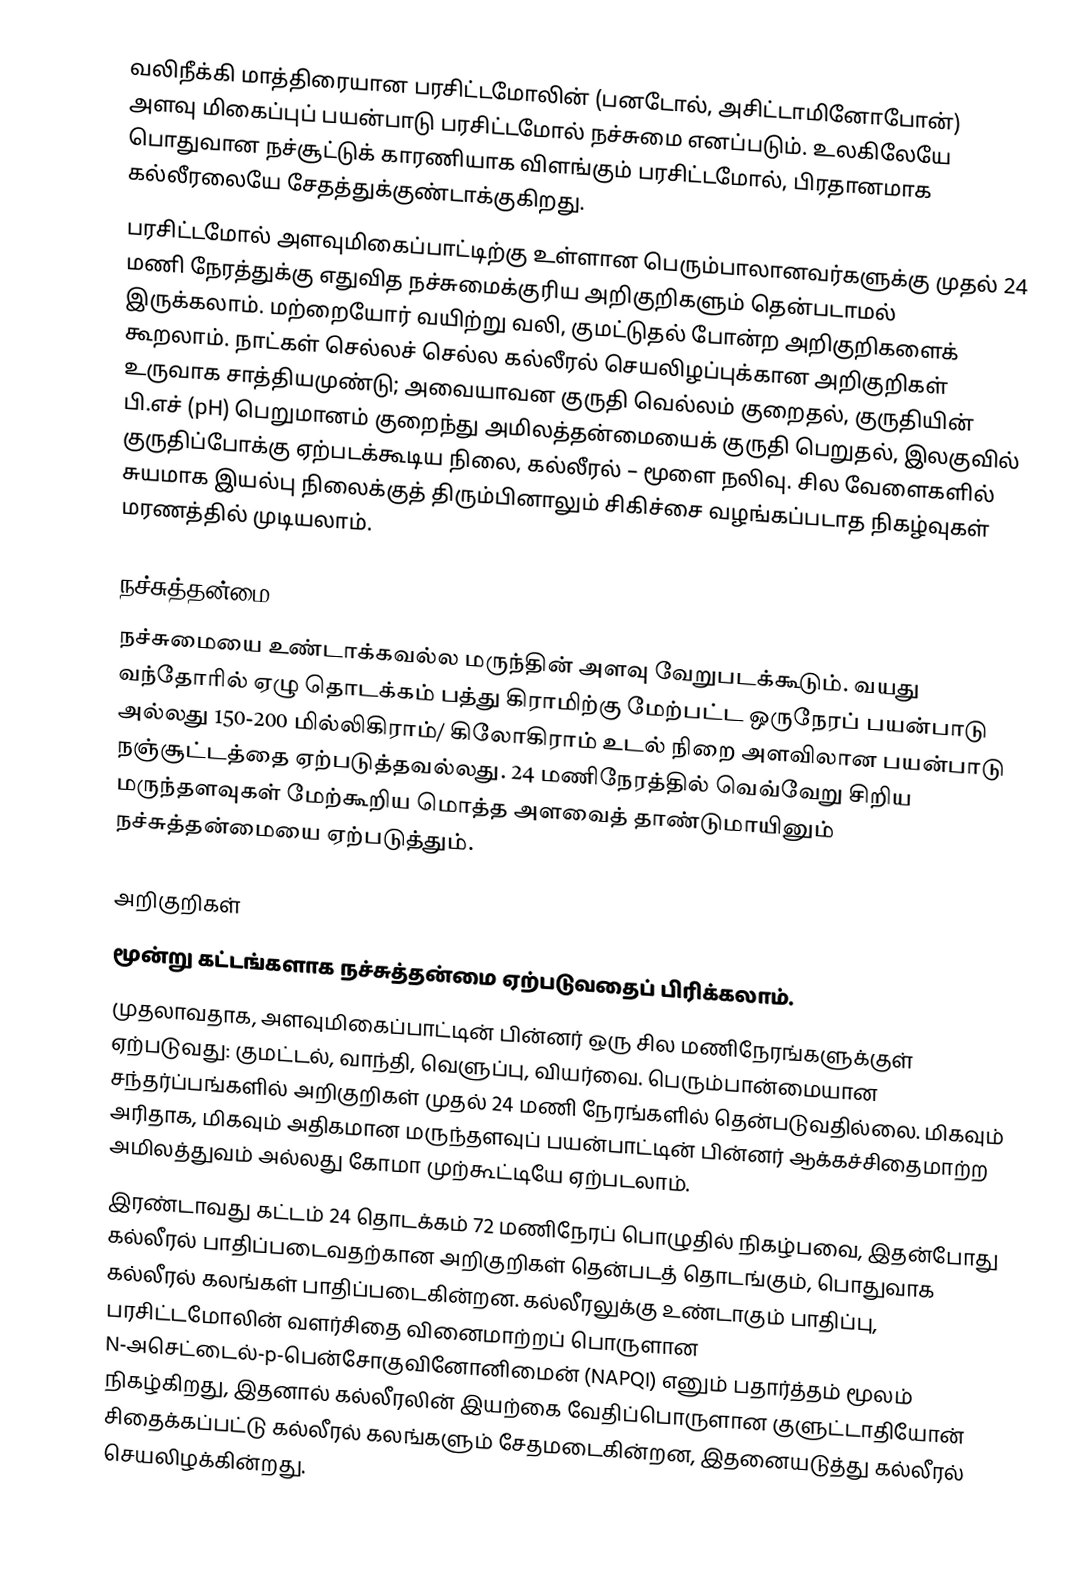
வலிநீக்கி மாத்திரையான பரசிட்டமோலின் (பனடோல், அசிட்டாமினோபோன்) அளவு மிகைப்புப் பயன்பாடு பரசிட்டமோல் நச்சுமை எனப்படும்.  உலகிலேயே பொதுவான நச்சூட்டுக் காரணியாக விளங்கும் பரசிட்டமோல், பிரதானமாக கல்லீரலையே சேதத்துக்குண்டாக்குகிறது.
பரசிட்டமோல் அளவுமிகைப்பாட்டிற்கு உள்ளான  பெரும்பாலானவர்களுக்கு முதல் 24  மணி நேரத்துக்கு எதுவித நச்சுமைக்குரிய அறிகுறிகளும் தென்படாமல் இருக்கலாம். மற்றையோர் வயிற்று வலி, குமட்டுதல் போன்ற அறிகுறிகளைக் கூறலாம். நாட்கள் செல்லச் செல்ல கல்லீரல் செயலிழப்புக்கான அறிகுறிகள் உருவாக சாத்தியமுண்டு; அவையாவன குருதி வெல்லம் குறைதல், குருதியின் பி.எச் (pH) பெறுமானம் குறைந்து அமிலத்தன்மையைக் குருதி பெறுதல், இலகுவில் குருதிப்போக்கு ஏற்படக்கூடிய நிலை, கல்லீரல் – மூளை நலிவு. சில வேளைகளில் சுயமாக இயல்பு நிலைக்குத் திரும்பினாலும் சிகிச்சை வழங்கப்படாத நிகழ்வுகள் மரணத்தில் முடியலாம்.

நச்சுத்தன்மை
நச்சுமையை உண்டாக்கவல்ல மருந்தின் அளவு வேறுபடக்கூடும். வயது வந்தோரில் ஏழு தொடக்கம் பத்து கிராமிற்கு மேற்பட்ட ஒருநேரப் பயன்பாடு அல்லது 150-200 மில்லிகிராம்/ கிலோகிராம் உடல் நிறை அளவிலான பயன்பாடு நஞ்சூட்டத்தை ஏற்படுத்தவல்லது.  24 மணிநேரத்தில் வெவ்வேறு சிறிய மருந்தளவுகள் மேற்கூறிய மொத்த அளவைத் தாண்டுமாயினும் நச்சுத்தன்மையை ஏற்படுத்தும்.

அறிகுறிகள்
மூன்று கட்டங்களாக நச்சுத்தன்மை ஏற்படுவதைப் பிரிக்கலாம்.
முதலாவதாக, அளவுமிகைப்பாட்டின் பின்னர் ஒரு சில மணிநேரங்களுக்குள் ஏற்படுவது: குமட்டல், வாந்தி, வெளுப்பு, வியர்வை. பெரும்பான்மையான சந்தர்ப்பங்களில் அறிகுறிகள் முதல் 24 மணி நேரங்களில் தென்படுவதில்லை. மிகவும் அரிதாக, மிகவும் அதிகமான மருந்தளவுப் பயன்பாட்டின் பின்னர் ஆக்கச்சிதைமாற்ற அமிலத்துவம் அல்லது கோமா முற்கூட்டியே ஏற்படலாம்.
இரண்டாவது கட்டம் 24 தொடக்கம் 72 மணிநேரப் பொழுதில் நிகழ்பவை, இதன்போது கல்லீரல் பாதிப்படைவதற்கான அறிகுறிகள் தென்படத் தொடங்கும், பொதுவாக கல்லீரல் கலங்கள் பாதிப்படைகின்றன. கல்லீரலுக்கு உண்டாகும் பாதிப்பு, பரசிட்டமோலின் வளர்சிதை வினைமாற்றப் பொருளான N-அசெட்டைல்-p-பென்சோகுவினோனிமைன் (NAPQI) எனும் பதார்த்தம் மூலம் நிகழ்கிறது, இதனால் கல்லீரலின் இயற்கை வேதிப்பொருளான குளுட்டாதியோன் சிதைக்கப்பட்டு கல்லீரல் கலங்களும் சேதமடைகின்றன, இதனையடுத்து கல்லீரல் செயலிழக்கின்றது.